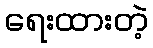
ရေးထားတဲ့